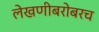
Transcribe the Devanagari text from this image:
लेखणीबरोबरच